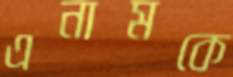
এনামকে